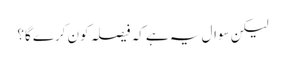
لیکن سوال یہ ہے کہ فیصلہ کون کرے گا؟